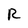
Character: R